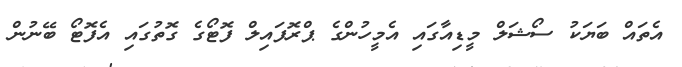
އެތައް ބަޔަކު ސޯޝަލް މީޑިއާގައި އެމީހުންގެ ޕްރޮފައިލް ފޮޓޯގެ ގޮތުގައި އެފޮޓޯ ބޭނުން